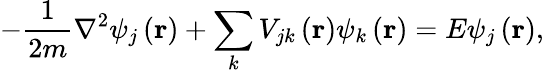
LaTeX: -\frac{1}{2m}\nabla^{2}\psi_{j}\left(\mathbf{r}\right)+\sum_{k}V_{jk}\left(\mathbf{r}\right)\psi_{k}\left(\mathbf{r}\right)=E\psi_{j}\left(\mathbf{r}\right),